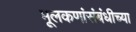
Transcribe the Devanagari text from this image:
मूलकणांसंबंधीच्या